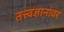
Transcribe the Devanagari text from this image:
तत्त्वज्ञानांवर